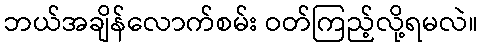
ဘယ်အချိန်လောက်စမ်း ဝတ်ကြည့်လို့ရမလဲ။